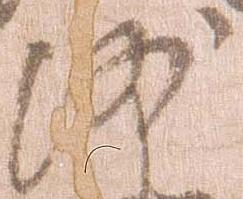
沙